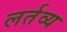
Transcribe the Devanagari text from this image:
लर्तव्य